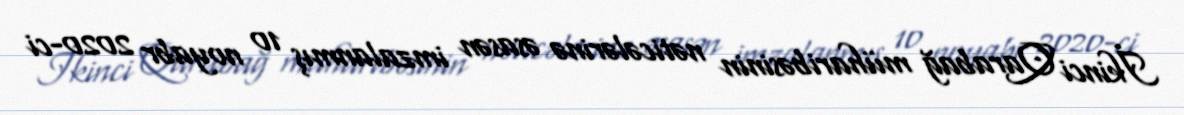
İkinci Qarabağ müharibəsinin nəticələrinə əsasən imzalanmış 10 noyabr 2020-ci